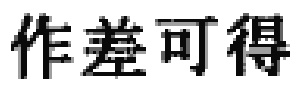
作差可得